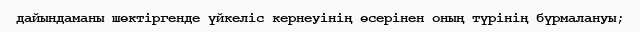
дайындаманы шөктіргенде үйкеліс кернеуінің өсерінен оның түрінің бүрмалануы;